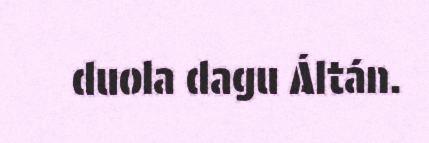
duola dagu Áltán.